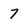
Character: 7